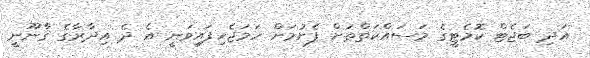
އަދި ބަޖެޓް ކޮމެޓީގެ މަސައްކަތްތަށް ފެށުމަށް ހަމަޖެހިފައިވަނީ އެ ދެ އިދާރާގެ ޤާނޫނީ